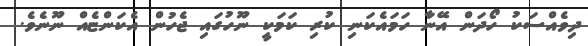
ދިވެއްސަކު ހޯދަން އޭނާ ހަމައެކަނި ކުރި ކަމަކީ ނޫހުގައި ޖެހުން އެކަންޏެއް ނޫނެވެ.